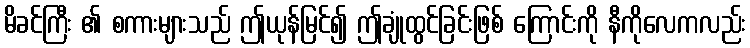
မိခင်ကြီး ၏ စကားများသည် ဤယုန်မြင်၍ ဤချုံထွင်ခြင်းဖြစ် ကြောင်းကို နီကိုလေကလည်း